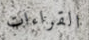
القراءات